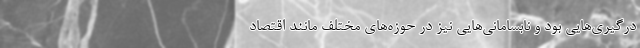
درگیری‌هایی بود و نابسامانی‌هایی نیز در حوزه‌های مختلف مانند اقتصاد